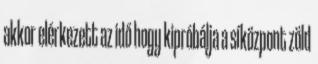
akkor elérkezett az idő hogy kipróbálja a síközpont zöld